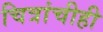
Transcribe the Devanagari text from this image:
चित्रांचीही